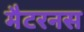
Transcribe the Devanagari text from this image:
मैटरनस